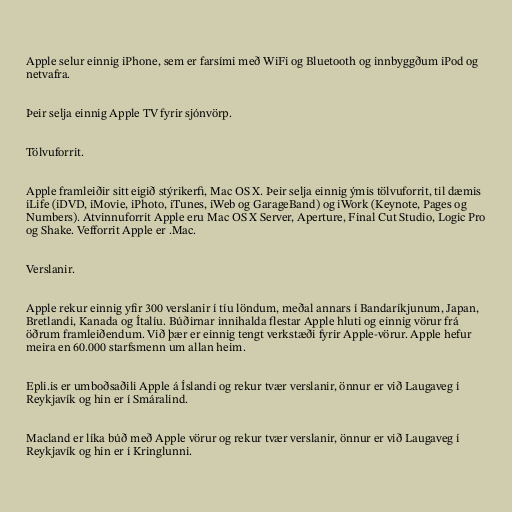
Apple selur einnig iPhone, sem er farsími með WiFi og Bluetooth og innbyggðum iPod og
netvafra.

Þeir selja einnig Apple TV fyrir sjónvörp.

Tölvuforrit.

Apple framleiðir sitt eigið stýrikerfi, Mac OS X. Þeir selja einnig ýmis tölvuforrit, til dæmis
iLife (iDVD, iMovie, iPhoto, iTunes, iWeb og GarageBand) og iWork (Keynote, Pages og
Numbers). Atvinnuforrit Apple eru Mac OS X Server, Aperture, Final Cut Studio, Logic Pro
og Shake. Vefforrit Apple er .Mac.

Verslanir.

Apple rekur einnig yfir 300 verslanir í tíu löndum, meðal annars í Bandaríkjunum, Japan,
Bretlandi, Kanada og Ítalíu. Búðirnar innihalda flestar Apple hluti og einnig vörur frá
öðrum framleiðendum. Við þær er einnig tengt verkstæði fyrir Apple-vörur. Apple hefur
meira en 60.000 starfsmenn um allan heim.

Epli.is er umboðsaðili Apple á Íslandi og rekur tvær verslanir, önnur er við Laugaveg í
Reykjavík og hin er í Smáralind.

Macland er líka búð með Apple vörur og rekur tvær verslanir, önnur er við Laugaveg í
Reykjavík og hin er í Kringlunni.